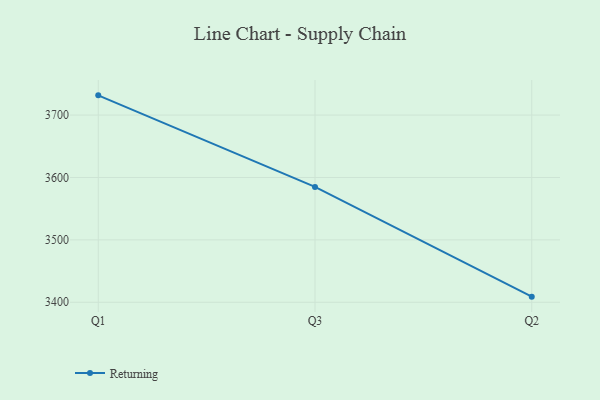
{"axis": {"x": "Quarter", "y": "Page Views"}, "legend": ["Returning"], "data": [{"x": "Q1", "y": 3731.6, "type": "Returning"}, {"x": "Q3", "y": 3584.8, "type": "Returning"}, {"x": "Q2", "y": 3409.0, "type": "Returning"}]}